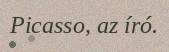
Picasso, az író.